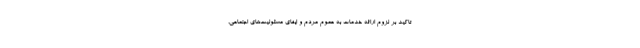
تاکید بر لزوم ارائه خدمات به عموم مردم و ایفای مسئولیت‌های اجتماعی،